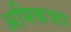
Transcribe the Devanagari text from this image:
अभिकत्र्ता